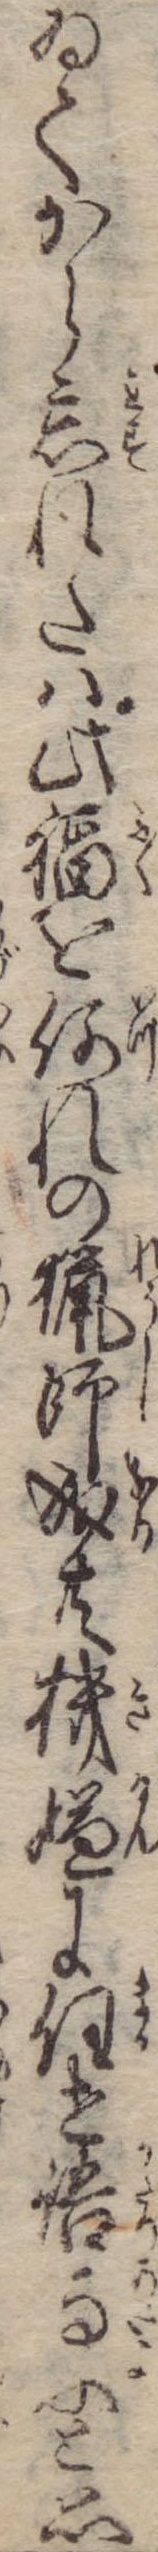
ゐてから忘れたは此福を何れの猟師成共機嫌に任せ語与ふと思